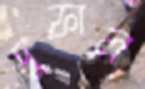
দুফাল